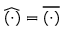
\widehat { ( \cdot ) } = \overline { { ( \cdot ) } }